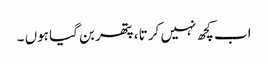
اب کچھ نہیں کرتا ، پتھر بن گیا ہوں ۔